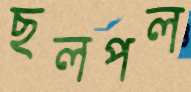
ছলপল